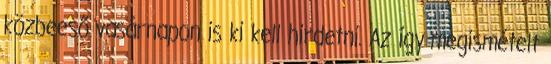
közbeeső vasárnapon is ki kell hirdetni. Az így megismételt